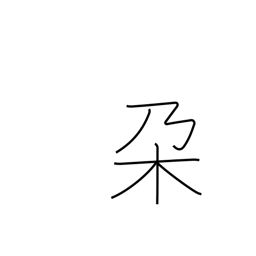
Meaning: branch